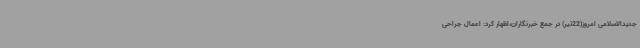
جدیدالاسلامی امروز(22تیر) در جمع خبرنگاران،اظهار کرد: اعمال جراحی